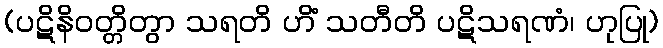
(ပဋိနိဝတ္တိတွာ သရတိ ဟိံ သတီတိ ပဋိသရဏံ၊ ဟုပြု)